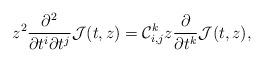
LaTeX: \begin{align*}z^2\frac{\partial^2}{\partial t^i \partial t^j} \mathcal{J}(t,z)=\mathcal{C}_{i,j}^kz\frac{\partial}{\partial t^k} \mathcal{J}(t,z),\end{align*}